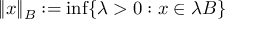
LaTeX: \| x \| _ { B } : = \operatorname* { i n f } \{ \lambda > 0 : x \in \lambda B \}